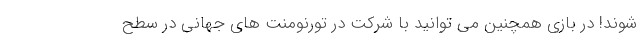
شوند! در بازی همچنین می توانید با شرکت در تورنومنت های جهانی در سطح